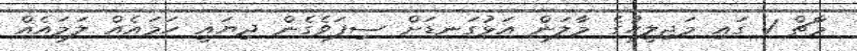
މާޗް 1 ގައި މަޖިލީހުގެ މާލަން އަޅުގަނޑަށް ސިފަވެގެން ދިޔައީ ހަމައެއް ލަމައެއް